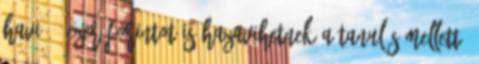
havi 70 ezer forintot is hazavihetnek a tanulás mellett.